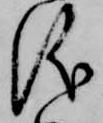
儀